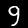
Digit: 9